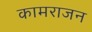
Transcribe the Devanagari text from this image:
कामराजन